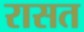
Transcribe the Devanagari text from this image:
रासत